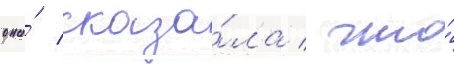
она́ сказа́ла / что́